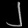
Digit: ၂